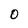
Character: O